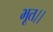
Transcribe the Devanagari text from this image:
भूत।।